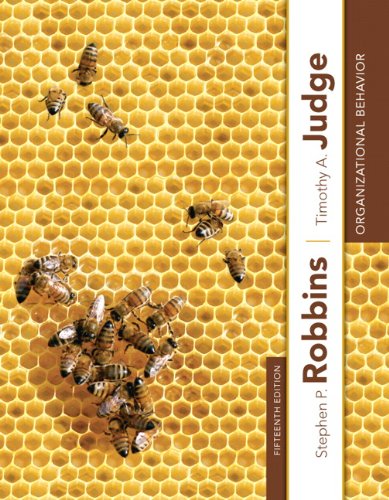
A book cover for Organizational Behavior (15th Edition); Stephen P. Robbins; Business & Money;